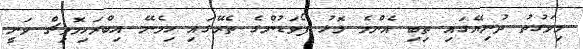
މިވަގުތު ދުނިޔޭގައި ތިބި އެންމެ މޮޅު ފޯވަޑުންގެ ތެރޭގައި ހިމެނޭ އިބްރަހިމޮވިޗް ވަނީ